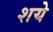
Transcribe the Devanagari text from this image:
शये